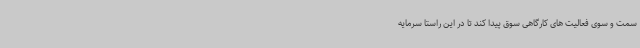
سمت و سوی فعالیت های کارگاهی سوق پیدا کند تا در این راستا سرمایه